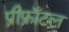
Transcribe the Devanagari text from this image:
प्रीफ्राँटल